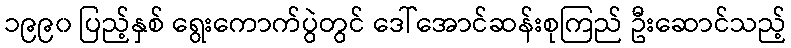
၁၉၉၀ ပြည့်နှစ် ရွေးကောက်ပွဲတွင် ဒေါ်အောင်ဆန်းစုကြည် ဦးဆောင်သည့်